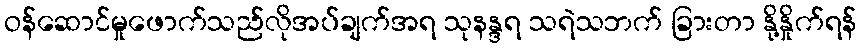
ဝန်ဆောင်မှုဖောက်သည်လိုအပ်ချက်အရ သုနန္ဒရ သရဲသဘက် ခြားတာ နို့နှိုက်ရန်